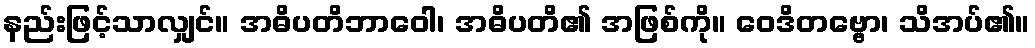
နည်းဖြင့်သာလျှင်။ အဓိပတိဘာဝေါ၊ အဓိပတိ၏ အဖြစ်ကို။ ဝေဒိတဗ္ဗော၊ သိအပ်၏။